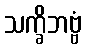
သက္ခိဘဗ္ဗံ